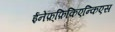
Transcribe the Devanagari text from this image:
ईनेफ़्फ़िकिएन्किएस